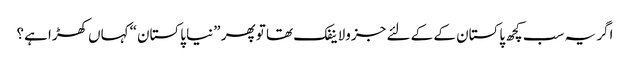
اگر یہ سب کچھ پاکستان کے کے لئے جزولاینفک تھا تو پھر ”نیا پاکستان“ کہاں کھڑا ہے؟